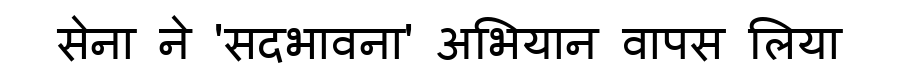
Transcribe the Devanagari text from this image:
सेना ने 'सदभावना' अभियान वापस लिया